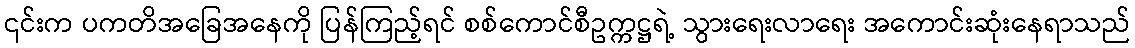
၎င်းက ပကတိအခြေအနေကို ပြန်ကြည့်ရင် စစ်ကောင်စီဥက္ကဋ္ဌရဲ့ သွားရေးလာရေး အကောင်းဆုံးနေရာသည်